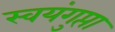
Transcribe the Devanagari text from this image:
स्वयंगुप्ता